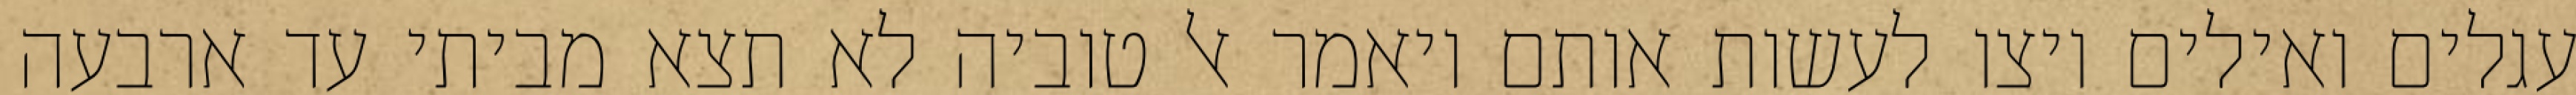
עגלים ואילים ויצו לעשות אותם ויאמר אל טוביה לא תצא מביתי עד ארבעה